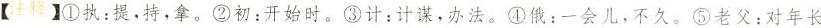
【注释】①执：提，持，拿。②初：开始时。③计：计谋，办法。④俄：一会儿，不久。⑤老父：对年长